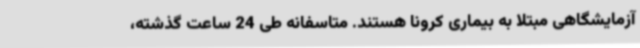
آزمایشگاهی مبتلا به بیماری کرونا هستند. متاسفانه طی 24 ساعت گذشته،